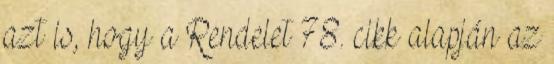
azt is, hogy a Rendelet 78. cikk alapján az